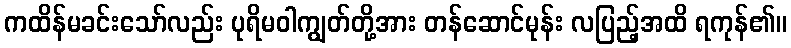
ကထိန်မခင်းသော်လည်း ပုရိမဝါကျွတ်တို့အား တန်ဆောင်မုန်း လပြည့်အထိ ရကုန်၏။